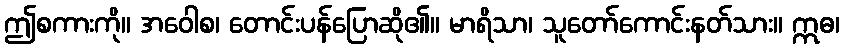
ဤစကားကို။ အဝေါစ၊ တောင်းပန်ပြောဆို၏။ မာရိသာ၊ သူတော်ကောင်းနတ်သား။ ဣဓ၊